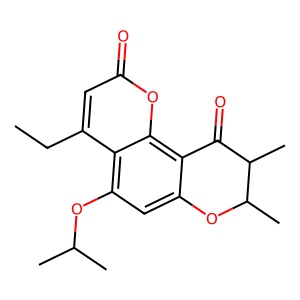
SMILES: CCc1cc(=O)oc2c3c(cc(OC(C)C)c12)OC(C)C(C)C3=O
Inhibits HIV replication: No